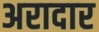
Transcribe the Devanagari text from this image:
अरादार